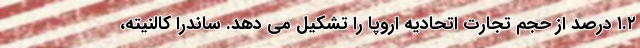
۱.۲ درصد از حجم تجارت اتحادیه اروپا را تشکیل می دهد. ساندرا کالنیته،